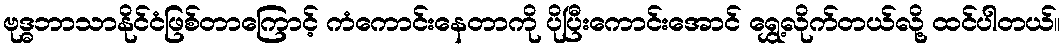
ဗုဒ္ဓဘာသာနိုင်ငံဖြစ်တာကြောင့် ကံကောင်းနေတာကို ပိုပြီးကောင်းအောင် ရွှေ့လိုက်တယ်လို့ ထင်ပါတယ်။